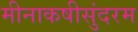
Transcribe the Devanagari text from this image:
मीनाकषीसुंदरम